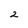
Character: 2